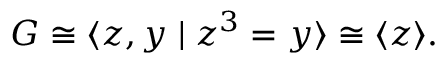
G \cong \langle z , y \mid z ^ { 3 } = y \rangle \cong \langle z \rangle .